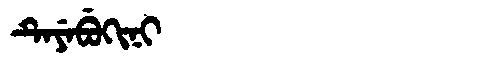
Manchu: ᡨᡝᠶᡝᠪᡠᡴᡳᠨᡳ
Romanization: TEYEBUKINI